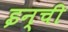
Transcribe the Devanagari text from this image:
इन्ची